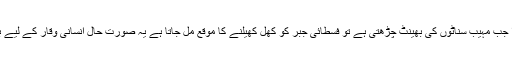
ایک بے خوف صدا جب مہیب سناٹوں کی بھینٹ چڑھتی ہے تو فسطائی جبر کو کھل کھیلنے کا موقع مل جاتا ہے یہ صورت حال انسانی وقار کے لیے بہت برا شگون ہے۔